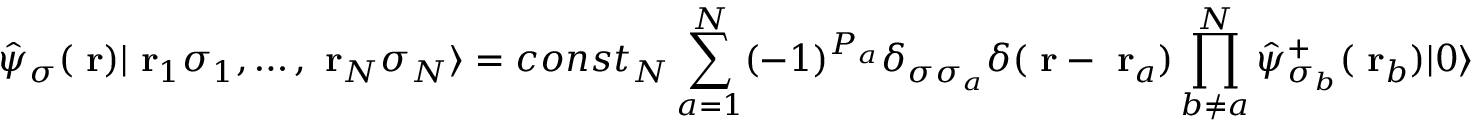
\hat { \psi } _ { \sigma } ( \mathrm { \bf ~ r } ) | \mathrm { \bf ~ r } _ { 1 } \sigma _ { 1 } , \dots , \mathrm { \bf ~ r } _ { N } \sigma _ { N } \rangle = c o n s t _ { N } \sum _ { a = 1 } ^ { N } ( - 1 ) ^ { P _ { a } } \delta _ { \sigma \sigma _ { a } } \delta ( \mathrm { \bf ~ r } - \mathrm { \bf ~ r } _ { a } ) \prod _ { b \ne a } ^ { N } \hat { \psi } _ { \sigma _ { b } } ^ { + } ( \mathrm { \bf ~ r } _ { b } ) | 0 \rangle